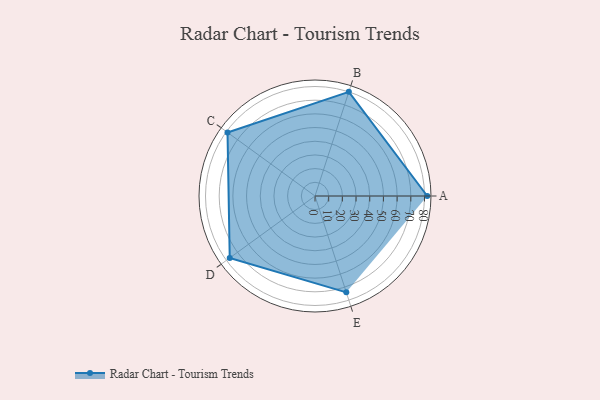
{"axis": {"x": "Skill", "y": "Score"}, "legend": ["Profile"], "data": [{"x": "A", "y": 82.0, "type": "Profile"}, {"x": "B", "y": 80.0, "type": "Profile"}, {"x": "C", "y": 79.0, "type": "Profile"}, {"x": "D", "y": 77.0, "type": "Profile"}, {"x": "E", "y": 74.0, "type": "Profile"}]}